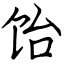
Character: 饴